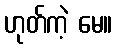
ဟုတ်ကဲ့ မေ။